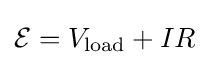
{\mathcal {E}}=V_{\text{load}}+IR